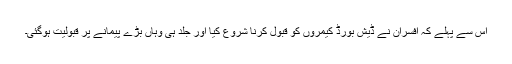
اس سے پہلے کہ افسران نے ڈیش بورڈ کیمروں کو قبول کرنا شروع کیا اور جلد ہی وہاں بڑے پیمانے پر قبولیت ہوگئی۔